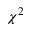
\chi ^ { 2 }